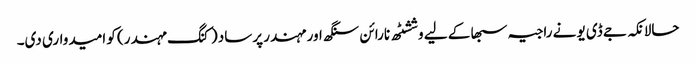
حالانکہ جے ڈی یو نے راجیہ سبھا کے لیے وششٹھ نارائن سنگھ اور مہندر پرساد (کنگ مہندر) کو امیدواری دی۔